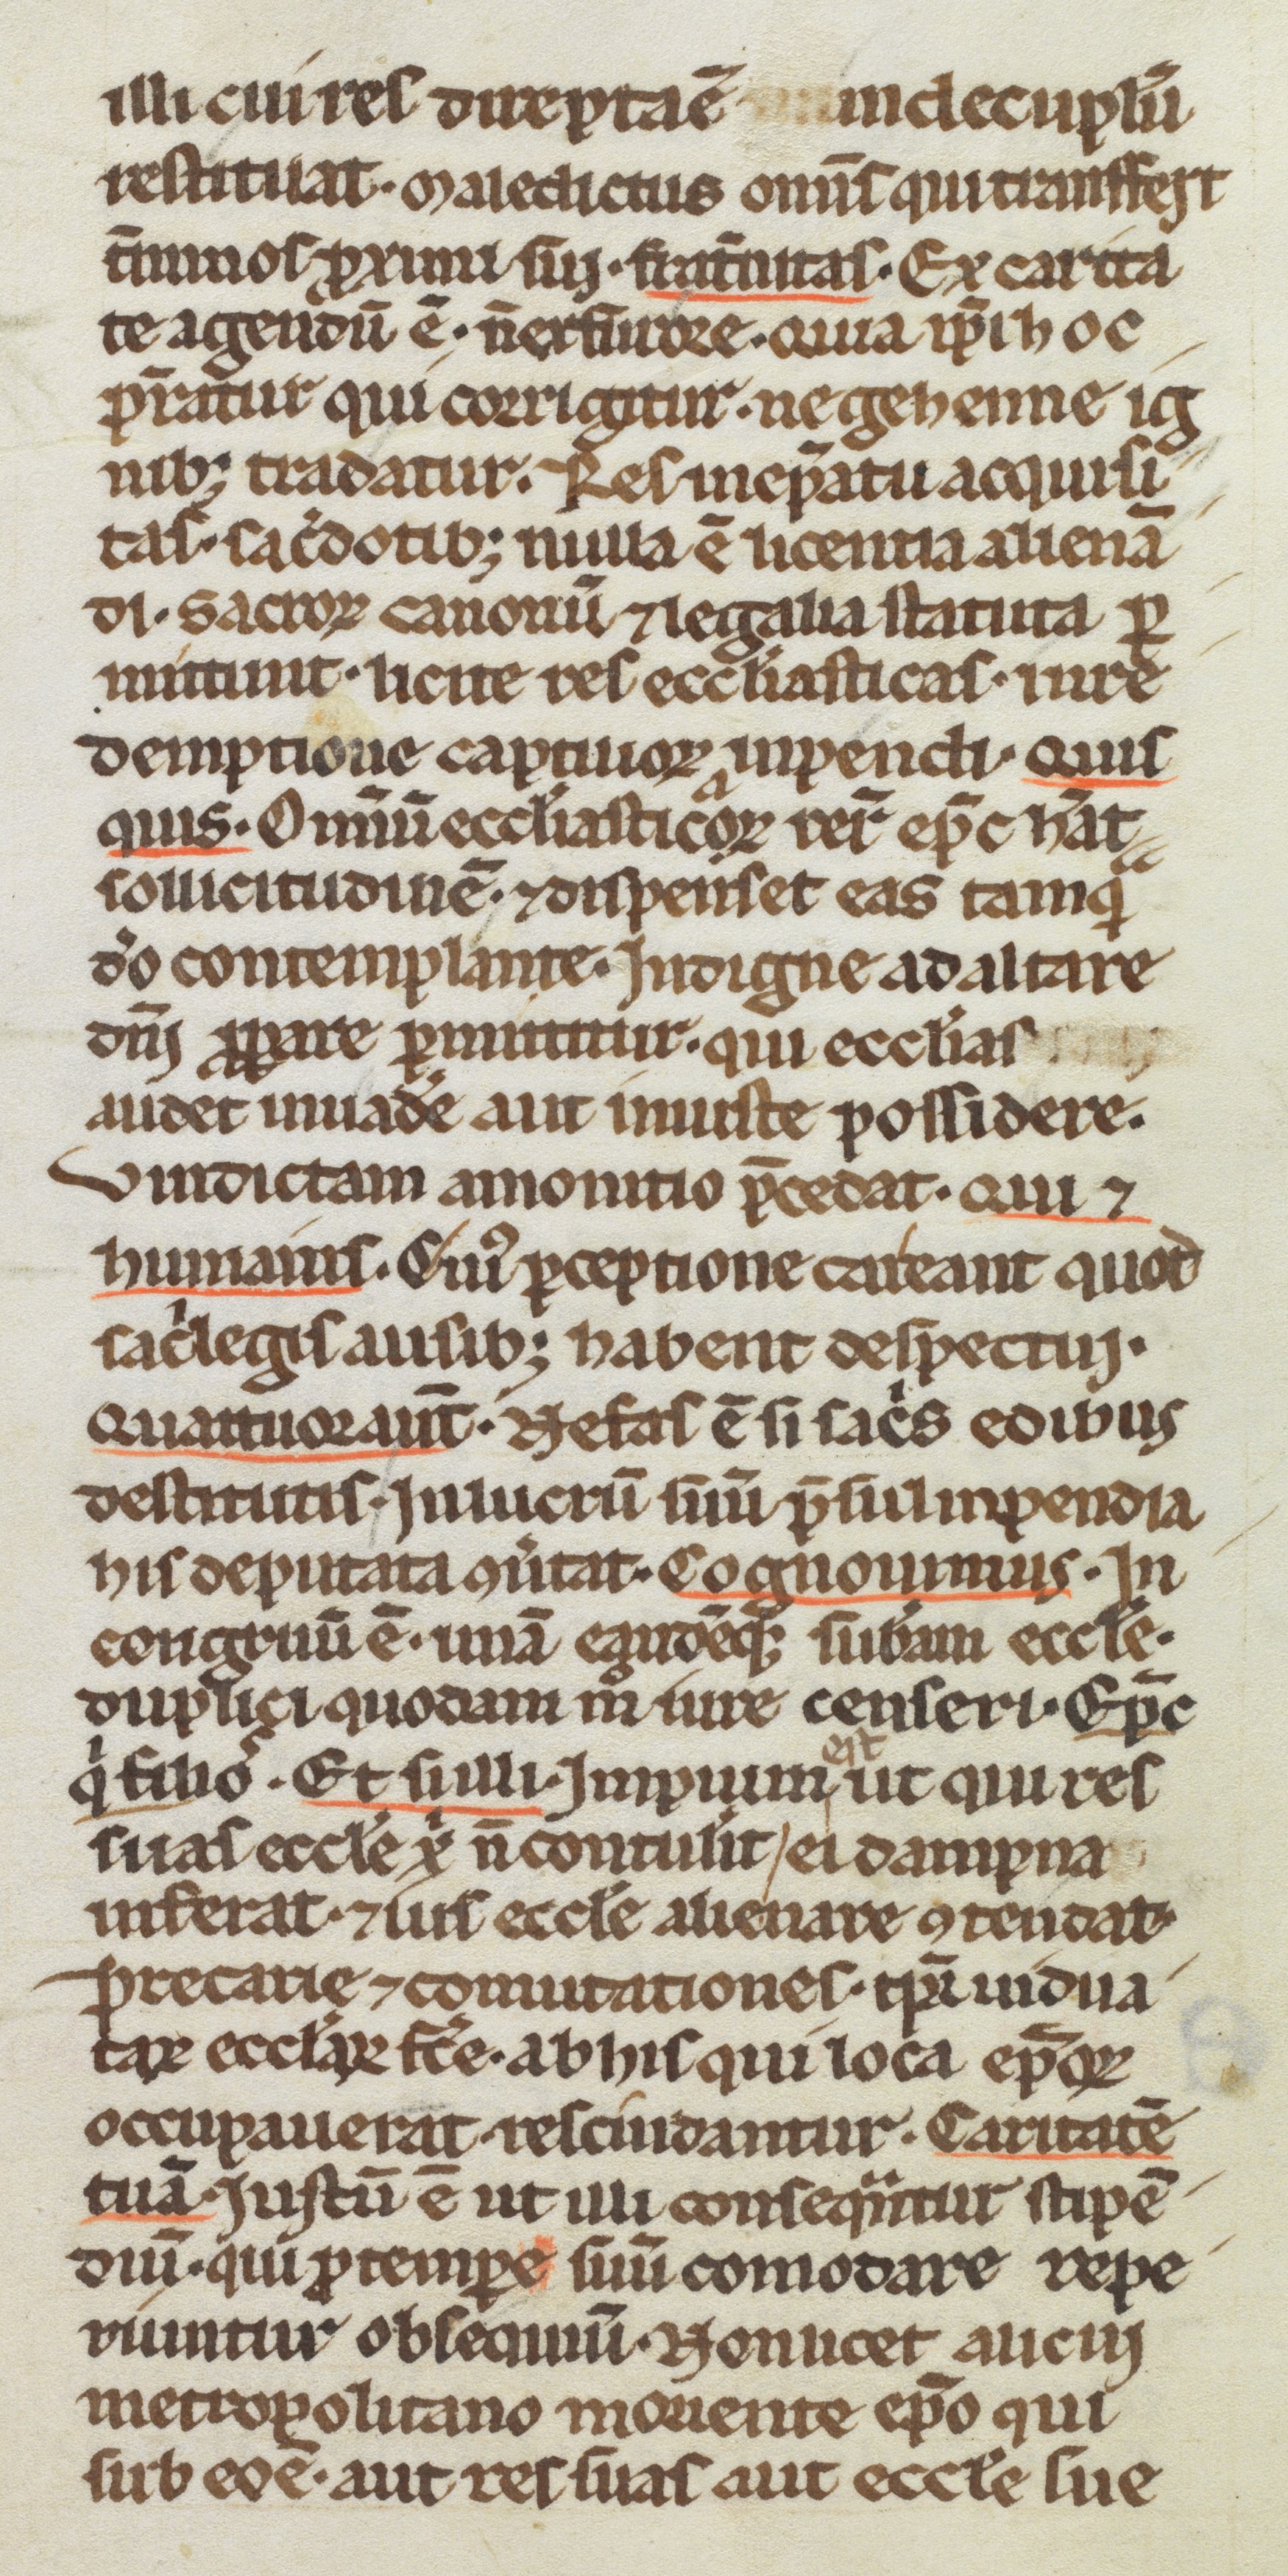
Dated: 1200–1299